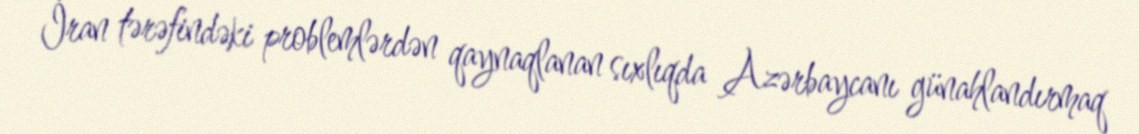
İran tərəfindəki problemlərdən qaynaqlanan sıxlıqda Azərbaycanı günahlandırmaq